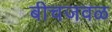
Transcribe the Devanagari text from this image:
बीचजवळ